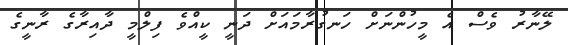
ލޭނާރު ވެސް އެ މީހުންނަށް ހަނގުރާމައަށް ދަނީ ކީއްވެ ފިލްމީ ދާއިރާގެ ރާނީގެ